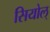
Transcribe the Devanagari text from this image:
सियोल्